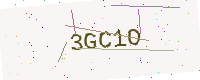
Text: 3GC1O